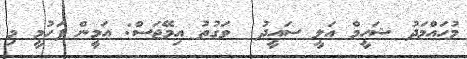
މުހައްމަދު ޝަހީމް އަލީ ސައީދު  ވަގުތު އިމޭޖަސް: އަމީން ފަހުމީ މި